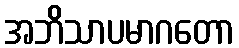
အဘိသာပမာဂတော